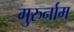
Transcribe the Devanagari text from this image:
गुरुर्नाम